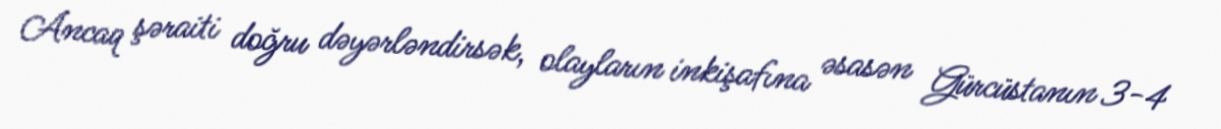
Ancaq şəraiti doğru dəyərləndirsək, olayların inkişafına əsasən Gürcüstanın 3-4